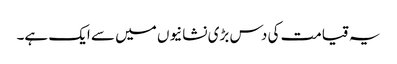
یہ قیامت کی دس بڑی نشانیوں میں سے ایک ہے۔